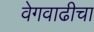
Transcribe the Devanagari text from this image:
वेगवाढीचा